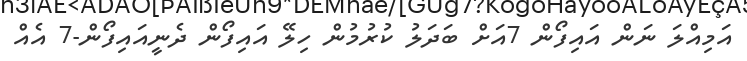
އަމިއްލަ ނަން އައިފޯން 7އަށް ބަދަލު ކުރުމުން ހިލޭ އައިފޯން ދެނީއައިފޯން-7 އެއް